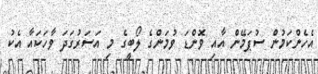
އެހެންކަމުން ސުޕަމޭން އާއި ވޮންޑަ ވުމަންގެ ލޯބީގެ މި އަސަރުގަދަ ވާހަކައާ އެކު